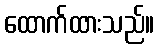
ထောက်ထားသည်။